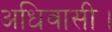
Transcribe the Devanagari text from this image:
अधिवासी।